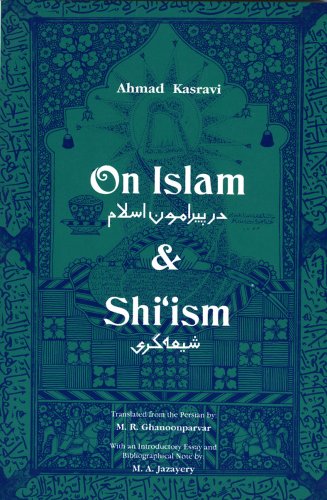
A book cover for On Islam and Shi'Ism; Ahmad Kasravi; Religion & Spirituality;